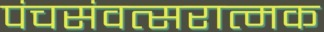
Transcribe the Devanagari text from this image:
पंचसंवत्सरात्मक